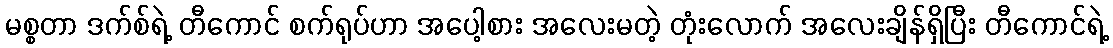
မစ္စတာ ဒက်စ်ရဲ့ တီကောင် စက်ရုပ်ဟာ အပေါ့စား အလေးမတဲ့ တုံးလောက် အလေးချိန်ရှိပြီး တီကောင်ရဲ့